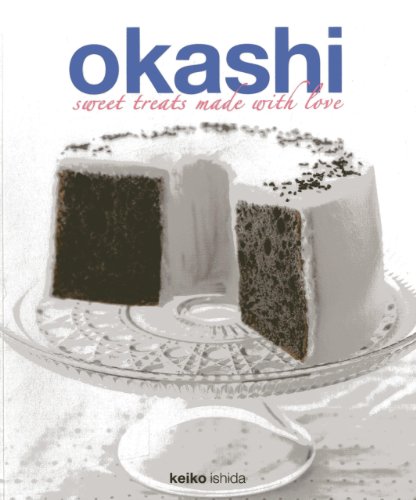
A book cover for Okashi: Sweet Treats Made With Love; Keiko Ishida; Cookbooks, Food & Wine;